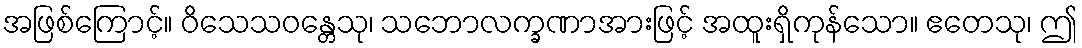
အဖြစ်ကြောင့်။ ဝိသေသဝန္တေသု၊ သဘောလက္ခဏာအားဖြင့် အထူးရှိကုန်သော။ ဧတေသု၊ ဤ